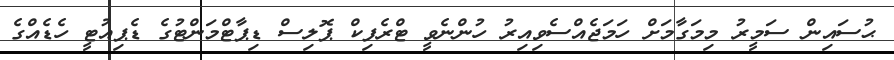
ޙުސައިން ސަމީރު މިމަގާމަށް ހަމަޖެއްސެވިއިރު ހުންނެވީ ޓްރެފިކް ޕޮލިސް ޑިޕާޓްމަންޓުގެ ޑެޕިއުޓީ ހެޑެއްގެ